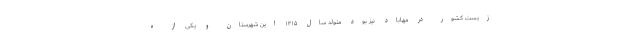
زیست کشور در مهاباد نیز بود متولد سال ۱۳۱۵ این شهرستان و یکی از ه